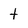
Character: t